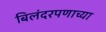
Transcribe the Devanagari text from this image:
बिलंदरपणाच्या